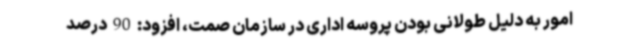
امور به دلیل طولانی بودن پروسه اداری در سازمان صمت، افزود: 90 درصد